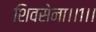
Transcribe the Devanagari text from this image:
शिवसेना।।१।।